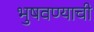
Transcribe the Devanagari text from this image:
भुषवण्याची